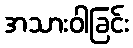
အသားဝါခြင်း